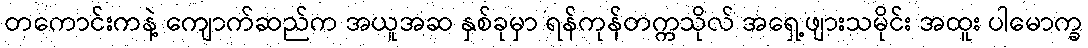
တကောင်းကနဲ့ ကျောက်ဆည်က အယူအဆ နှစ်ခုမှာ ရန်ကုန်တက္ကသိုလ် အရှေ့ဖျားသမိုင်း အထူး ပါမောက္ခ